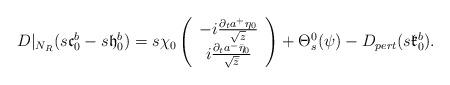
LaTeX: \begin{align*}D|_{N_R}(s\mathfrak{c}^b_0-s\mathfrak{h}^b_0)=s\chi_0\left( \begin{array}{c}-i\frac{\partial_t a^+\eta_0}{\sqrt{z}} \\i\frac{\partial_t a^-\bar{\eta}_0}{\sqrt{\bar{z}}}\end{array} \right)+\Theta^0_{s}(\psi)-D_{pert}(s\mathfrak{k}^b_0).\end{align*}